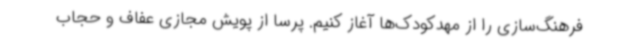
فرهنگ‌سازی را از مهدکودک‌ها آغاز کنیم. پرسا از پویش مجازی عفاف و حجاب